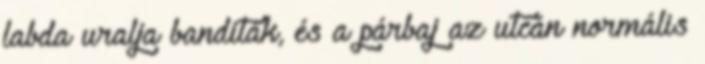
labda uralja banditák, és a párbaj az utcán normális